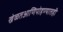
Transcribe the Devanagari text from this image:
खेळतआणिपोहण्यातही